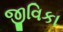
જીવિકા